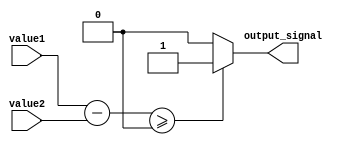
module greater_than_equal_to_comparator (
    input signed [31:0] value1,
    input signed [31:0] value2,
    output reg output_signal
);

reg [31:0] difference;

always @* begin
    difference = value1 - value2;
    output_signal = (difference >= 0) ? 1'b1 : 1'b0;
end

endmodule